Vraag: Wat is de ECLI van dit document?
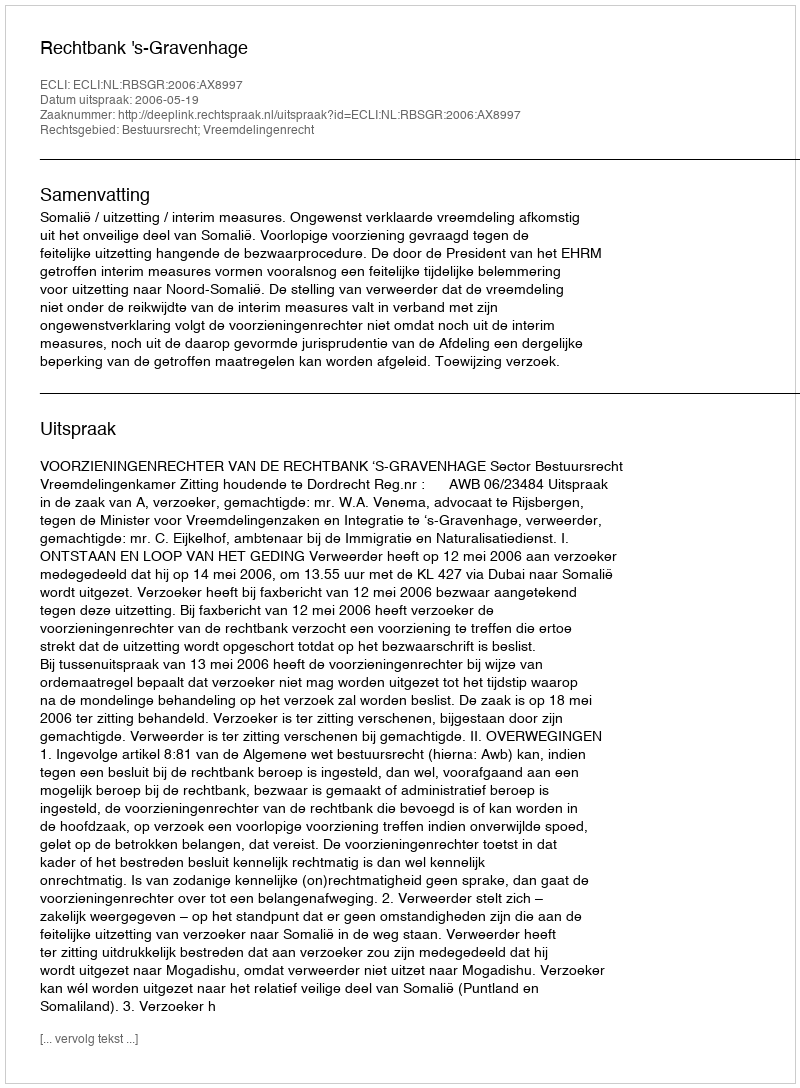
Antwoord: ECLI:NL:RBSGR:2006:AX8997